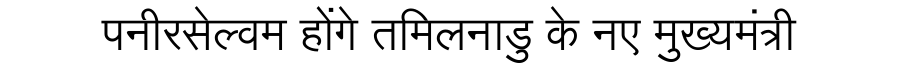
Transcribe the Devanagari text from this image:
पनीरसेल्वम होंगे तमिलनाडु के नए मुख्यमंत्री